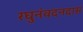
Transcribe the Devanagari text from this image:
रघुनंवदनदास